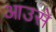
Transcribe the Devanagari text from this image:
आउसे